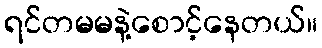
ရင်တမမနဲ့စောင့်နေတယ်။